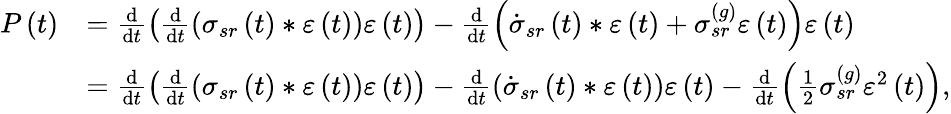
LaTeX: \begin{array}{rl}{P\left(t\right)}&{=\frac{\mathrm{d}}{\mathrm{d}t}\left(\frac{\mathrm{d}}{\mathrm{d}t}\left(\sigma_{sr}\left(t\right)\ast\varepsilon\left(t\right)\right)\varepsilon\left(t\right)\right)-\frac{\mathrm{d}}{\mathrm{d}t}\left(\dot{\sigma}_{sr}\left(t\right)\ast\varepsilon\left(t\right)+\sigma_{sr}^{\left(g\right)}\varepsilon\left(t\right)\right)\varepsilon\left(t\right)}\\ &{=\frac{\mathrm{d}}{\mathrm{d}t}\left(\frac{\mathrm{d}}{\mathrm{d}t}\left(\sigma_{sr}\left(t\right)\ast\varepsilon\left(t\right)\right)\varepsilon\left(t\right)\right)-\frac{\mathrm{d}}{\mathrm{d}t}\left(\dot{\sigma}_{sr}\left(t\right)\ast\varepsilon\left(t\right)\right)\varepsilon\left(t\right)-\frac{\mathrm{d}}{\mathrm{d}t}\left(\frac{1}{2}\sigma_{sr}^{\left(g\right)}\varepsilon^{2}\left(t\right)\right),}\end{array}